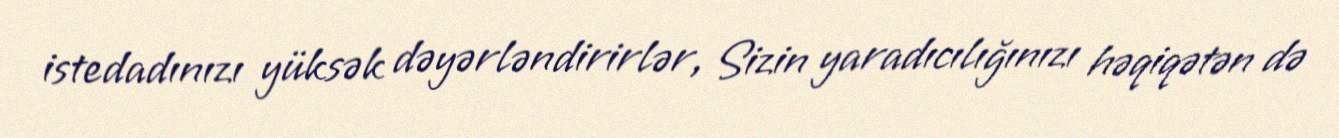
istedadınızı yüksək dəyərləndirirlər, Sizin yaradıcılığınızı həqiqətən də